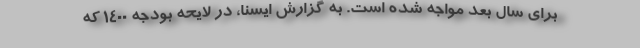
برای سال بعد مواجه شده است. به گزارش ایسنا، در لایحه بودجه ۱۴۰۰ که